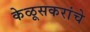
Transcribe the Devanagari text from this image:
केळूसकरांचे